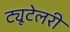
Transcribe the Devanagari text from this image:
ट्यूटेलरी